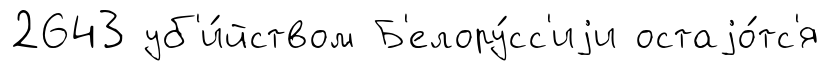
2643 уб'и́йством Б'елору́сс'иjи остаjо́тс'я